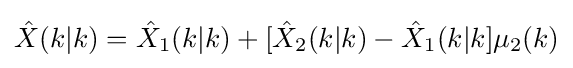
{\hat {X}}(k|k)={\hat {X}}_{1}(k|k)+[{\hat {X}}_{2}(k|k)-{\hat {X}}_{1}(k|k]\mu _{2}(k)